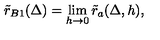
\tilde { r } _ { B 1 } ( \Delta ) = \lim _ { h \to 0 } \tilde { r } _ { a } ( \Delta , h ) ,